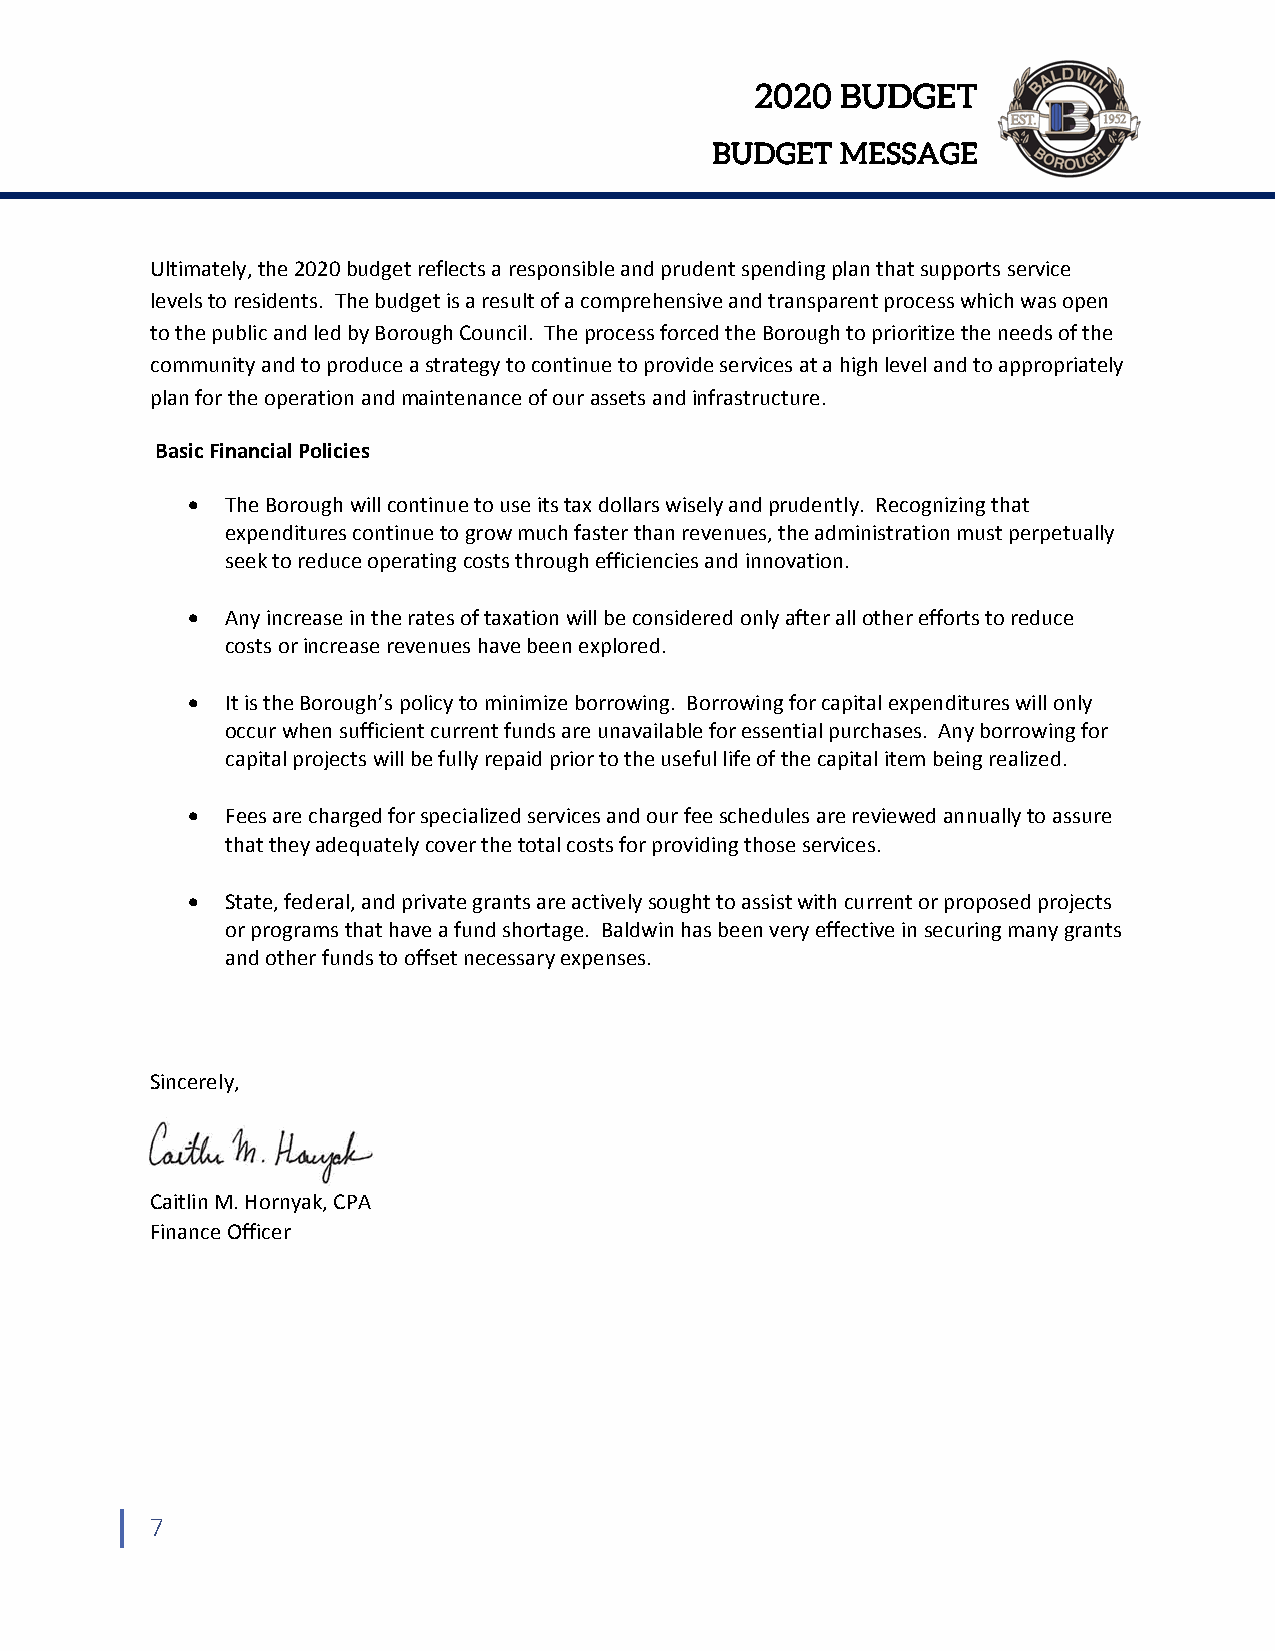
2020  BUDGET
 BUDGET   MESSAGE
 Ultimately, the 2020 budget reflects a responsible and prudent spending plan that supports service
 levels to residents. The budget is a result of a comprehensive and transparent process which was open
 to the public and led by Borough Council. The process forced the Borough to prioritize the needs of the
 community and to produce a strategy to continue to provide services at a high level and to appropriately
 plan for the operation and maintenance of our assets and infrastructure.
 Basic Financial Policies
   The Borough will continue to use its tax dollars wisely and prudently. Recognizing that
 expenditures continue to grow much faster than revenues, the administration must perpetually
 seek to reduce operating costs through efficiencies and innovation.
   Any increase in the rates of taxation will be considered only after all other efforts to reduce
 costs or increase revenues have been explored.
   It is the Borough’s policy to minimize borrowing. Borrowing for capital expenditures will only
 occur when sufficient current funds are unavailable for essential purchases. Any borrowing for
 capital projects will be fully repaid prior to the useful life of the capital item being realized.
   Fees are charged for specialized services and our fee schedules are reviewed annually to assure
 that they adequately cover the total costs for providing those services.
   State, federal, and private grants are actively sought to assist with current or proposed projects
 or programs that have a fund shortage. Baldwin has been very effective in securing many grants
 and other funds to offset necessary expenses.
 Sincerely,
 Caitlin M. Hornyak, CPA
 Finance Officer
 7